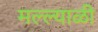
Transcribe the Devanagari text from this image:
मल्ल्याळी